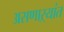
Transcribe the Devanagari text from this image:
असणाऱ्यांत